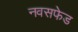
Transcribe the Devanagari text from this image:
नवसफेड